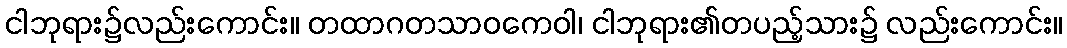
ငါဘုရား၌လည်းကောင်း။ တထာဂတသာဝကေဝါ၊ ငါဘုရား၏တပည့်သား၌ လည်းကောင်း။